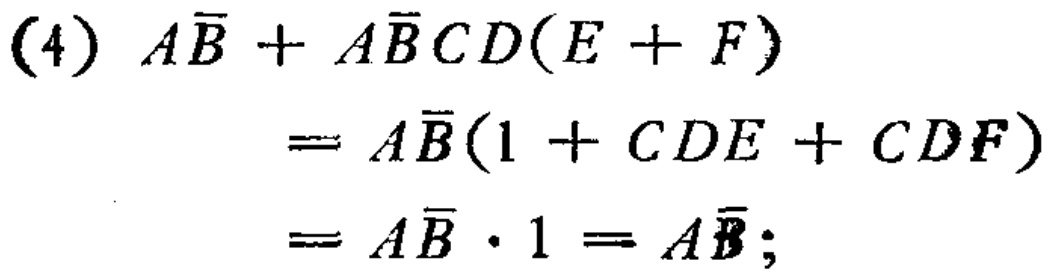
\begin{align*}

(4)\ A\overline{B} + A\overline{B}CD(E + F)

&= A\overline{B}(1 + CDE + CDF)\\

&= A\overline{B} \cdot 1 = A\overline{B};

\end{align*}